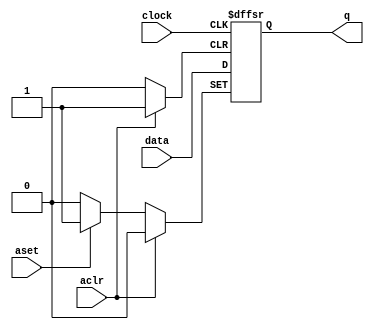
module dff_sr ( aclr, aset, clock, data, q);
 
    input	  aclr;
    input	  aset;
    input	  clock;
    input	  data;
    output reg	  q;
 
   always @ (posedge clock or posedge aclr or posedge aset)
     if (aclr)
       q <= 1'b0;
     else if (aset)
       q <= 1'b1;
     else
       q <= data;
 
endmodule